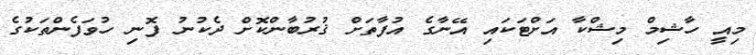
މިއީ ހާޝިމް މިޝްކާ އަށްޓަކައި އޭނާގެ އުފާތަށް ޤުރުބާންކޮށް ދެކުނު ފޮނި ހުވަފެންތަކުގެ